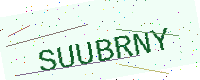
Text: SUUBRNY